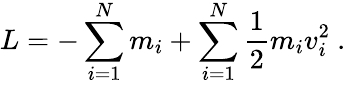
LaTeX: {L=-\sum_{i=1}^{N}m_{i}+\sum_{i=1}^{N}{\frac{1}{2}}m_{i}v_{i}^{2}\ .}